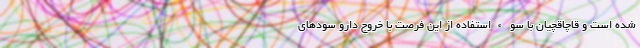
شده است و قاچاقچیان با سوءاستفاده از این فرصت با خروج دارو سودهای